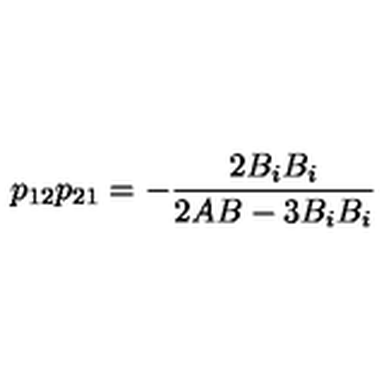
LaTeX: p _ { 1 2 } p _ { 2 1 } = - \frac { 2 B _ { i } B _ { i } } { 2 A B - 3 B _ { i } B _ { i } }